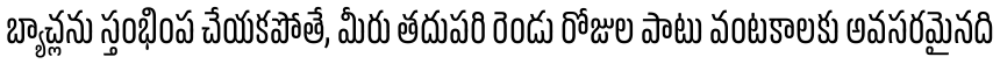
బ్యాచ్లను స్తంభింప చేయకపోతే, మీరు తదుపరి రెండు రోజుల పాటు వంటకాలకు అవసరమైనది